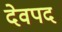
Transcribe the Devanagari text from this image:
देवपद